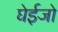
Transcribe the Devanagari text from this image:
घेईजो